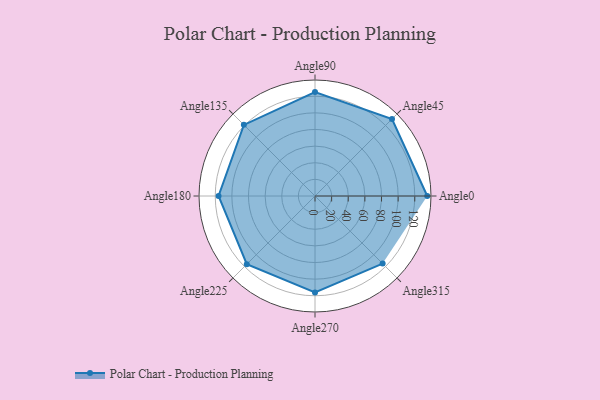
{"axis": {"x": "Angle", "y": "Radius"}, "legend": [""], "data": [{"x": "Angle0", "y": 135.0, "type": ""}, {"x": "Angle45", "y": 131.0, "type": ""}, {"x": "Angle90", "y": 125.0, "type": ""}, {"x": "Angle135", "y": 121.0, "type": ""}, {"x": "Angle180", "y": 116.0, "type": ""}, {"x": "Angle225", "y": 116.0, "type": ""}, {"x": "Angle270", "y": 116.0, "type": ""}, {"x": "Angle315", "y": 115.0, "type": ""}]}